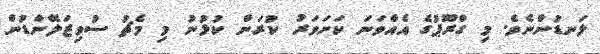
ލަނޑުންނެވެ. މި ގްރޫޕުގެ އެއްވަނަ ކަށަވަރު ކުރަން ކުޅުނު މި މެޗު ސުވިޒަލޭންޑުން